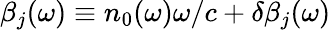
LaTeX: \beta_{j}(\omega)\equiv n_{0}(\omega)\omega/c+\delta\beta_{j}(\omega)